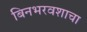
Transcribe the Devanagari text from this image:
बिनभरवशाचा